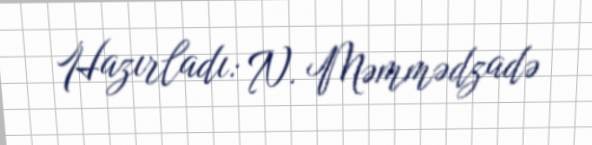
Hazırladı: N. Məmmədzadə